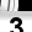
Digit: 3